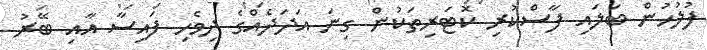
ފުލުހުން ބަލައި ފާސްކުރި ކޮޓަރިތަކުން ގިނަ އަދަދެއްގެ ދިވެހި ފައިސާ އާއި ބޭރު